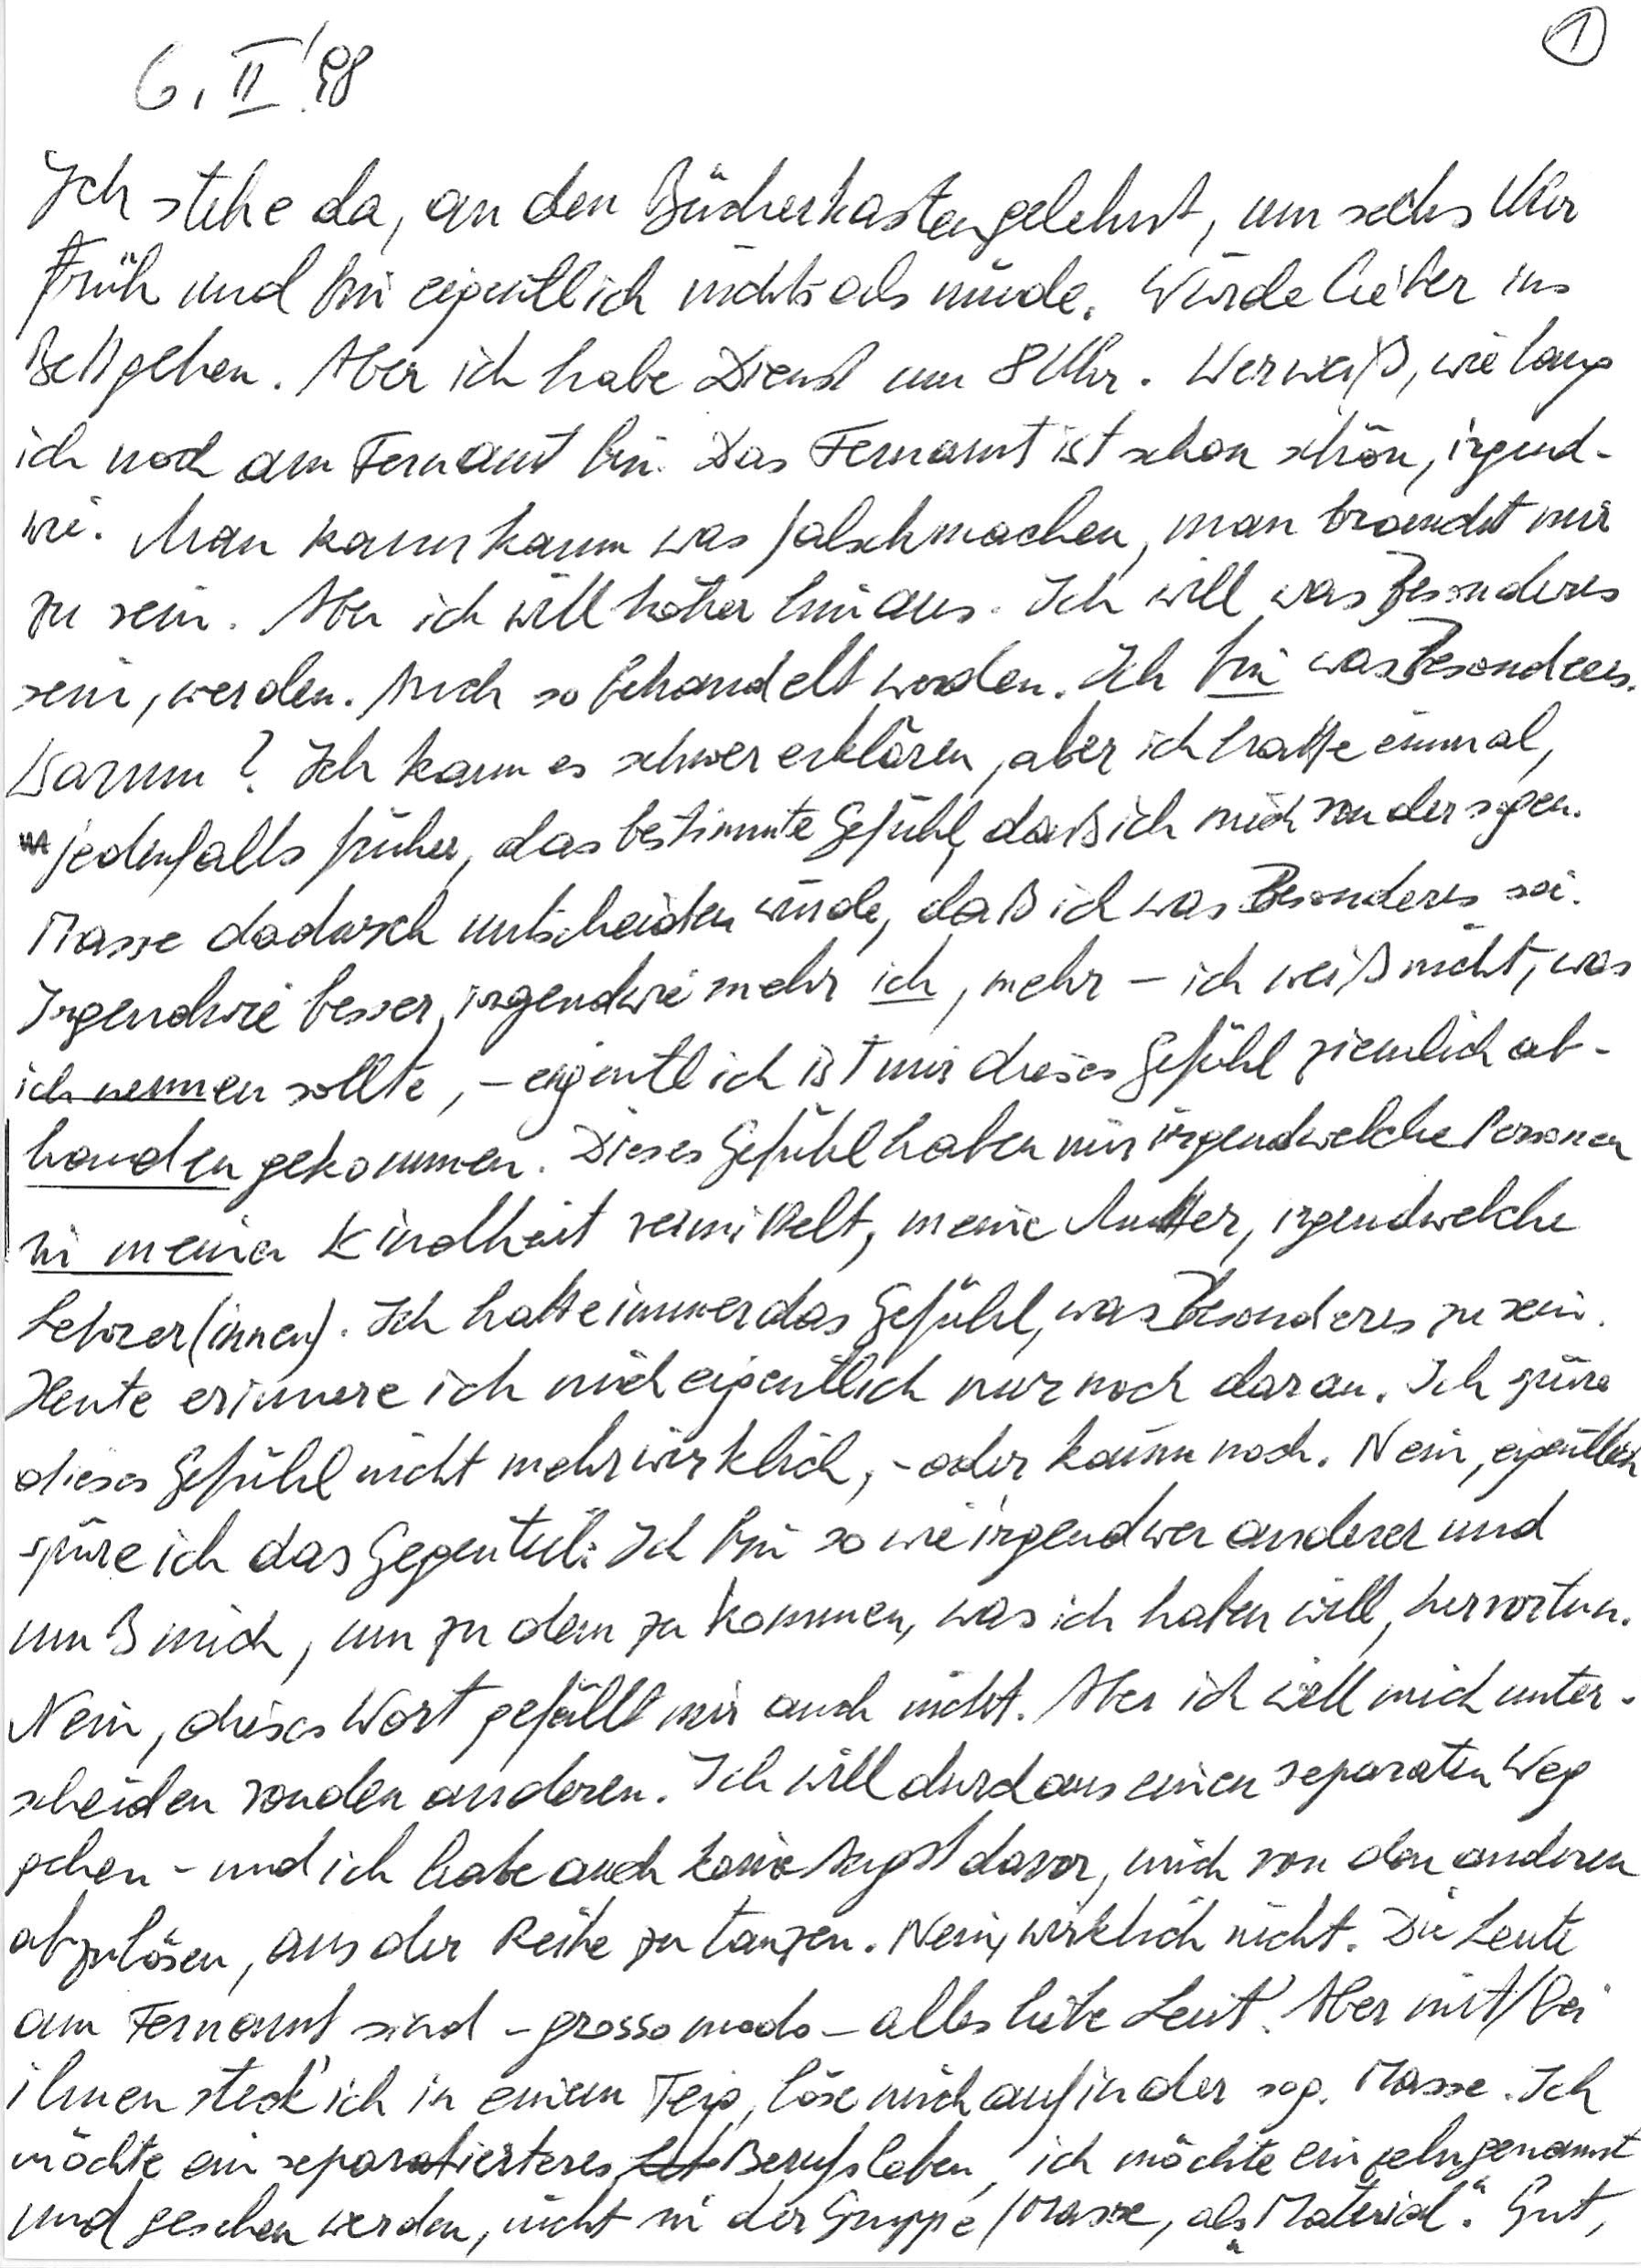
6. II. ‘98
Ich stehe da, an den Bücherkasten gelehnt, um sechs Uhr
Früh und bin eigentlich nichts als müde. Würde lieber ins
Bett gehen. Aber ich habe Dienst um 8 Uhr. Wer weiß, wie lang
ich noch am Fernamt bin. Das Fernamt ist schon schön, irgend-
wie. Man kann kaum was falschmachen, man braucht nur
zu sein. Aber ich will höher hinaus. Ich will was Besonderes
sein, werden. Auch so behandelt werden. Ich bin was Besonderes.
Warum? Ich kann es schwer erklären, aber ich hatte einmal,
 jedenfalls früher, das bestimmte Gefühl, daß ich mich von der sogen.
Masse dadurch unterscheiden würde, daß ich was Besonderes sei.
Irgendwie besser, irgendwie mehr ich, mehr – ich weiß nicht, was
ich nennen sollte, – eigentlich ist mir dieses Gefühl ziemlich ab-
handen gekommen. Dieses Gefühl haben mir irgendwelche Personen
in meiner Kindheit vermittelt, meine Mutter, irgendwelche
Lehrer(innen). Ich hatte immer das Gefühl, was Besonderes zu sein.
Heute erinnere ich mich eigentlich nur noch daran. Ich spüre
dieses Gefühl nicht mehr wirklich, – oder kaum noch. Nein, eigentlich
spüre ich das Gegenteil: Ich bin so wie irgendwer anderer und
muß mich, um zu dem zu kommen, was ich haben will, hervortun.
Nein, dieses Wort gefällt mir auch nicht. Aber ich will mich unter-
scheiden von den anderen. Ich will durchaus einen separaten Weg
gehen – und ich habe auch keine Angst davor, mich von den anderen
abzulösen, aus der Reihe zu tanzen. Nein, wirklich nicht. Die Leute
am Fernamt sind – grosso modo – alles liebe Leut‘. Aber mit/bei
ihnen steck‘ ich in einem Teig, löse mich auf in der sog. Masse. Ich
möchte ein separierteres Berufsleben, ich möchte einzeln genannt
und gesehen werden, nicht in der Gruppe/Masse, als „Material“. Gut,